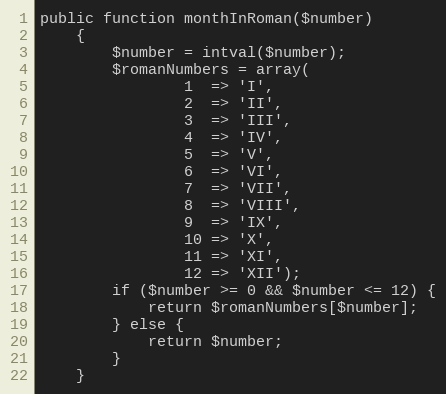
Language: PHP
public function monthInRoman($number)
    {
        $number = intval($number);
        $romanNumbers = array(
                1  => 'I',
                2  => 'II',
                3  => 'III',
                4  => 'IV',
                5  => 'V',
                6  => 'VI',
                7  => 'VII',
                8  => 'VIII',
                9  => 'IX',
                10 => 'X',
                11 => 'XI',
                12 => 'XII');
        if ($number >= 0 && $number <= 12) {
            return $romanNumbers[$number];
        } else {
            return $number;
        }
    }